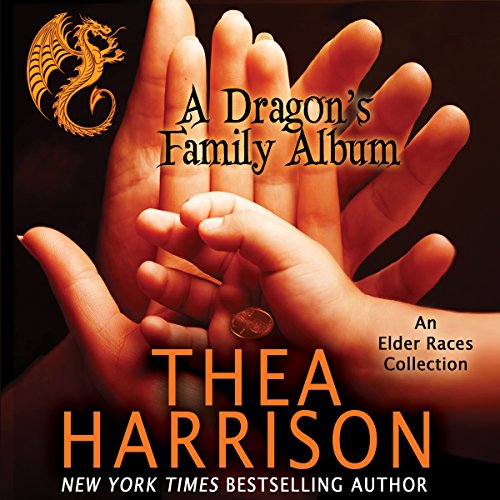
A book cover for A Dragon's Family Album: A Collection of the Elder Races; Thea Harrison; Romance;